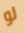
لو